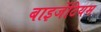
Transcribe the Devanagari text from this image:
बाइजेंटियम